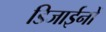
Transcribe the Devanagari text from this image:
डिजाईनों